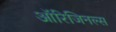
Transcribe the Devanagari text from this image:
ऑरिजिनल्स